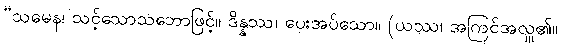
“သမေန၊ သင့်သောသဘောဖြင့်။ ဒိန္နဿ၊ ပေးအပ်သော။ (ယဿ၊ အကြင်အလှူ၏။